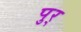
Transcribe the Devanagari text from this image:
पुर्